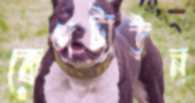
কেপটাউন